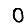
Digit: 0